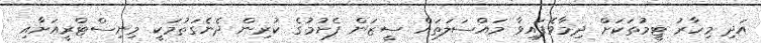
އަދި މިހާރު ޓީމުތަކަށް ދިމާވެފައިވާ މައްސަލަތައް ސީޒަން ފެށުމުގެ ކުރިން ދެނެގަތުމަކީ މިނިސްޓްރީއަށާއި